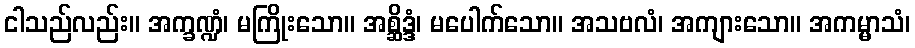
ငါသည်လည်း။ အက္ခဏ္ဍံ၊ မကြိုးသော။ အစ္ဆိဒ္ဒံ၊ မပေါက်သော။ အသဗလံ၊ အကျားသော။ အကမ္မာသံ၊